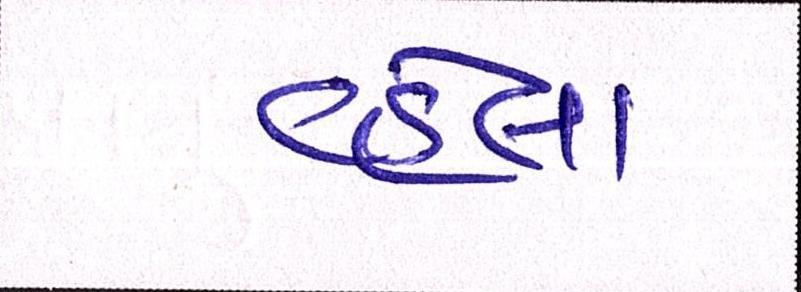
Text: વહેલા